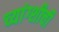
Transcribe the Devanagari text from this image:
च्यांग्शीची